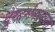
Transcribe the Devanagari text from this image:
दूरदर्शनवरच्या